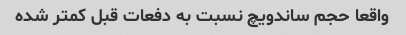
واقعا حجم ساندویچ نسبت به دفعات قبل کمتر شده